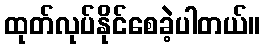
ထုတ်လုပ်နိုင်စေခဲ့ပါတယ်။